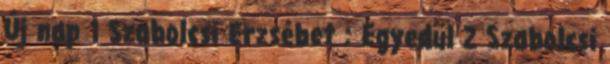
Új nap 1 Szabolcsi Erzsébet : Egyedül 2 Szabolcsi